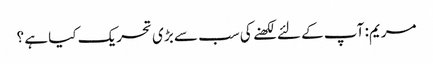
مریم: آپ کے لئے لکھنے کی سب سے بڑی تحریک کیا ہے ؟